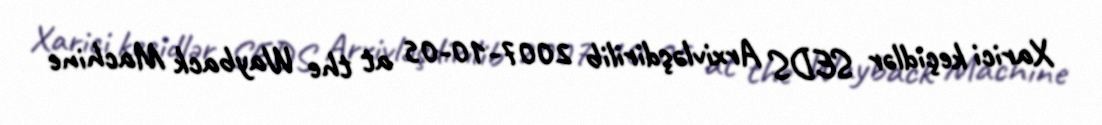
Xarici keçidlər SEDS Arxivləşdirilib 2007-10-05 at the Wayback Machine